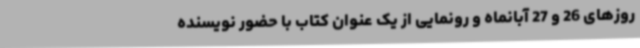
روزهای 26 و 27 آبانماه و رونمایی از یک عنوان کتاب با حضور نویسنده